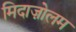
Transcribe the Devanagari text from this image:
मिदाज़ोलम